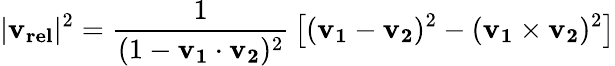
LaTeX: |\mathbf{v_{rel}}|^{2}={\frac{1}{(1-\mathbf{v_{1}}\cdot\mathbf{v_{2}})^{2}}}\left[(\mathbf{v_{1}}-\mathbf{v_{2}})^{2}-(\mathbf{v_{1}}\times\mathbf{v_{2}})^{2}\right]